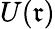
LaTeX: U(\mathfrak{r})